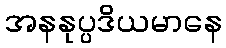
အနနုပ္ပဒိယမာနေ